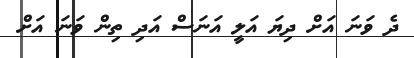
ދެ ވަނަ އަށް ދިޔަ އަލީ އަނަސް އަދި ތިން ވަނަ އަށް